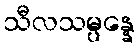
သီလသမ္ပန္နေ